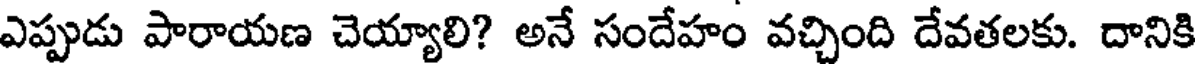
ఎప్పుడు పారాయణ చెయ్యాలి? అనే సందేహం వచ్చింది దేవతలకు. దానికి